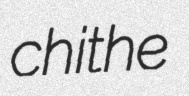
chithe